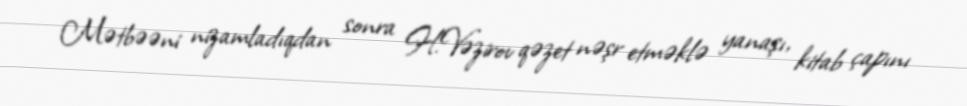
Mətbəəni nizamladıqdan sonra H.Vəzirov qəzet nəşr etməklə yanaşı, kitab çapını